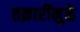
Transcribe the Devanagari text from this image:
तक्रारींमुळे